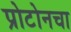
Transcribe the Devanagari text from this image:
प्रोटोनचा